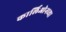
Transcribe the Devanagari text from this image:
कार्लिओनच्या